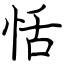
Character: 恬